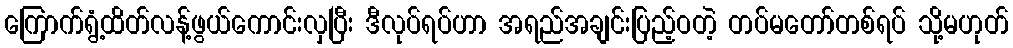
ကြောက်ရွံ့ထိတ်လန့်ဖွယ်ကောင်းလှပြီး ဒီလုပ်ရပ်ဟာ အရည်အချင်းပြည့်ဝတဲ့ တပ်မတော်တစ်ရပ် သို့မဟုတ်